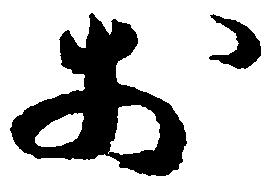
於